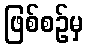
ဖြစ်စဉ်မှ